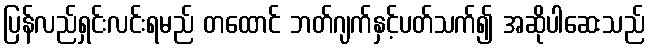
ပြန်လည်ရှင်းလင်းရမည် တထောင် ဘတ်ဂျက်နှင့်ပတ်သက်၍ အဆိုပါဆေးသည်